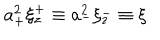
LaTeX: a _ { + } ^ { 2 } \xi _ { z } ^ { + } \equiv a _ { - } ^ { 2 } \xi _ { z } ^ { - } \equiv \xi